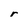
Character: r